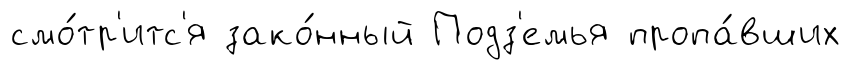
смо́тр'итс'я зако́нный Подз'емья пропа́вших